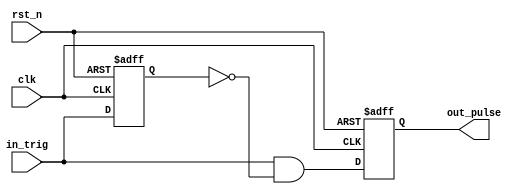
module one_pulse(
    input clk,
    input rst_n,
    input in_trig,
    output out_pulse
    );
    
    reg out_pulse; // output one pulse 
    // Declare internal nodes 
    reg in_trig_delay; 
    
    // Buffer input 
    always @(posedge clk or negedge rst_n) 
        if (~rst_n) 
            in_trig_delay <= 1'b0; 
        else 
            in_trig_delay <= in_trig;
    // Pulse generation 
    assign out_pulse_next = in_trig & (~in_trig_delay); 
    always @(posedge clk or negedge rst_n) 
        if (~rst_n) 
            out_pulse <= 1'b0; 
        else 
            out_pulse <= out_pulse_next; 

endmodule